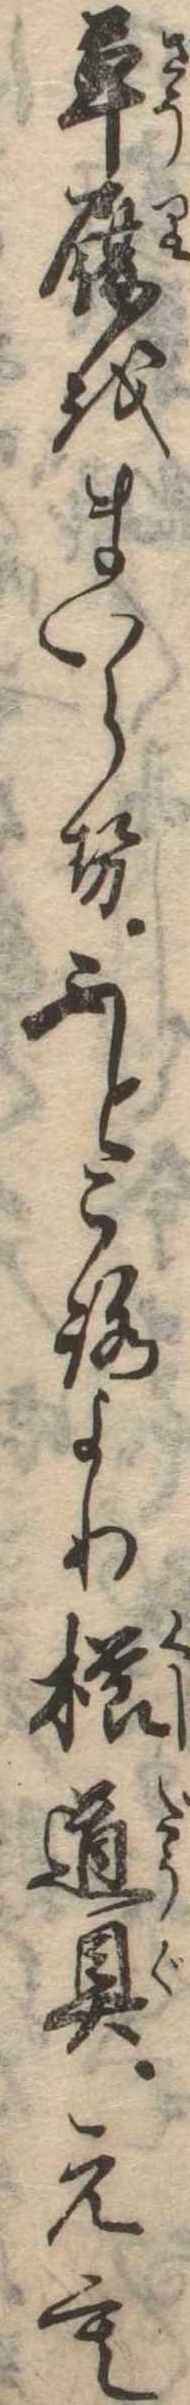
草履をまいらせふところより櫛道具えも